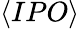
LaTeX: \langle IPO\rangle